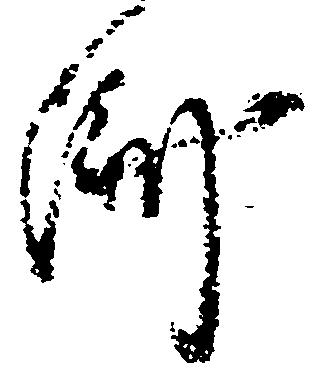
済